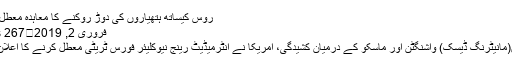
روس کیساتھ ہتھیاروں کی دوڑ روکنے کا معاہدہ معطل،امریکہ
فروری 2, 2019	267 Views
واشنگٹن(مانیٹرنگ ڈیسک) واشنگٹن اور ماسکو کے درمیان کشیدگی، امریکا نے انٹرمیڈیٹ رینج نیوکلیئر فورس ٹریٹی معطل کرنے کا اعلان کر دیا۔